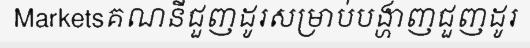
Marketsគណនីជួញដូរសម្រាប់បង្ហាញជួញដូរ